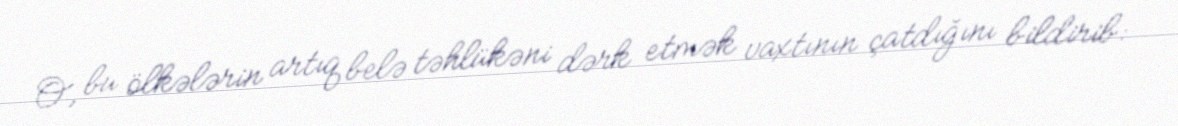
O, bu ölkələrin artıq belə təhlükəni dərk etmək vaxtının çatdığını bildirib: